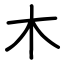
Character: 木